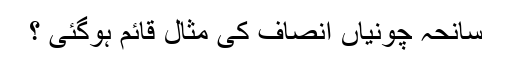
سانحہ چونیاں انصاف کی مثال قائم ہوگئی ؟